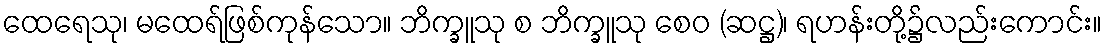
ထေရေသု၊ မထေရ်ဖြစ်ကုန်သော။ ဘိက္ခူသု စ ဘိက္ခူသု စေဝ (ဆဋ္ဌ)၊ ရဟန်းတို့၌လည်းကောင်း။